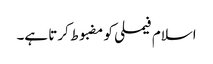
اسلام فیملی کو مضبوط کرتا ہے۔